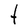
Character: t